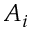
A _ { i }